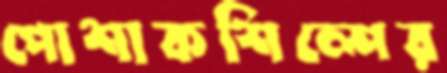
পোশাকশিল্পের